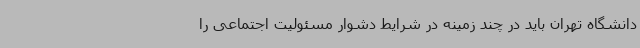
دانشگاه تهران باید در چند زمینه در شرایط دشوار مسئولیت اجتماعی را